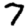
Digit: 7